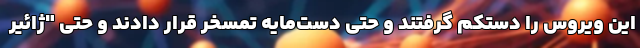
این ویروس را دستکم گرفتند و حتی دست‌مایه تمسخر قرار دادند و حتی "ژائیر